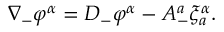
\nabla _ { - } \varphi ^ { \alpha } = D _ { - } \varphi ^ { \alpha } - A _ { - } ^ { a } \xi _ { a } ^ { \alpha } .